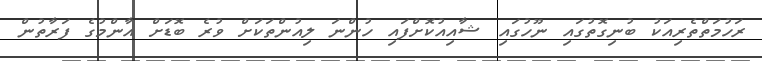
ރަހުމަތްތެރިއަކު ބުނިގޮތުގައި ނޫހުގައި ޝާއިއުކޮށްފައި ހުންނަ ލިއުންތަކަށް ވުރެ ބޮޑަށް އާންމުގެ ފަރާތުން